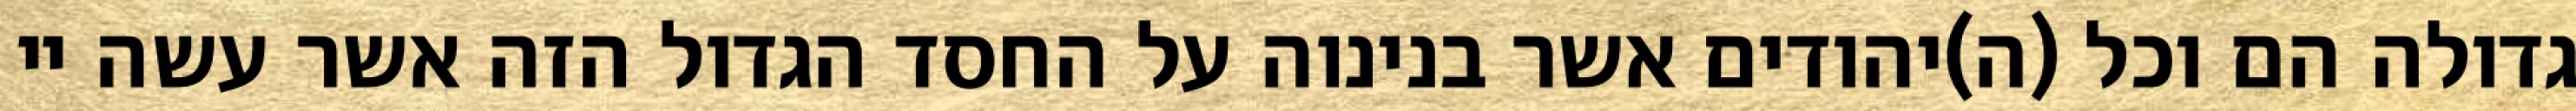
גדולה הם וכל (ה)יהודים אשר בנינוה על החסד הגדול הזה אשר עשה יי